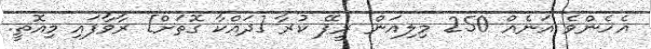
އެހެންވެ އަނެއް 250 މިލިއަން ރީޕޭ ކުރާ [ދައްކާ ގޮތަށް] ރާވާފައި މިއޮތީ.